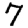
Digit: 7